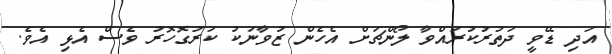
އަދި ޑޭވީ ދަތުރުކުރައްވާ ލޯންޗަށް އެހެން ޒުވާނަކު ކަރުގޮހޮރު ވެސް އެޅި އެވެ.